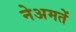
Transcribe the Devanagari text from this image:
नेअमतेें